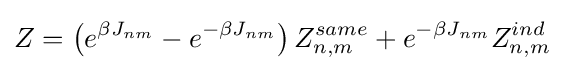
Z=\left(e^{\beta J_{nm}}-e^{-\beta J_{nm}}\right)Z_{n,m}^{same}+e^{-\beta J_{nm}}Z_{n,m}^{ind}